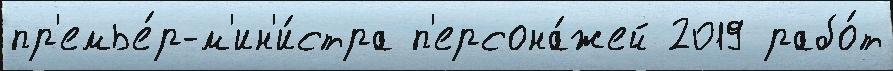
пр'емье́р-м'ин'и́стра п'ерсона́жей 2019 рабо́т